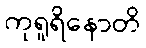
ကုရူရိနောတိ